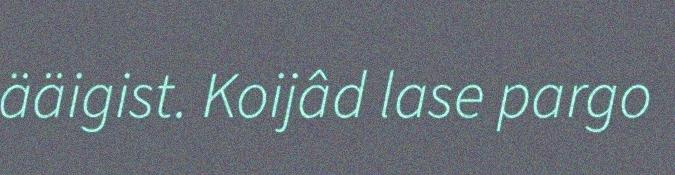
ääigist. Koijâd lase pargo